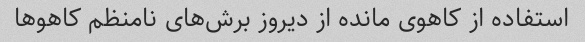
استفاده از کاهوی مانده از دیروز برش‌های نامنظم کاهو‌ها